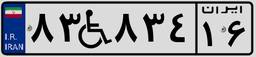
۸۳W۸۳۴۱۶